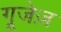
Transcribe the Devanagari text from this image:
गूजेज़